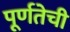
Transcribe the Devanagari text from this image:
पूर्णतेची